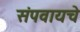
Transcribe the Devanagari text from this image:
संपवायचे